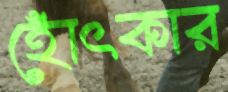
হোঁৎকার